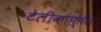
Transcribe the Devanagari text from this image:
टेलीकांफ़्रेंस